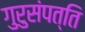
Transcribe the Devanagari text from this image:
गुरुसंपत्ति